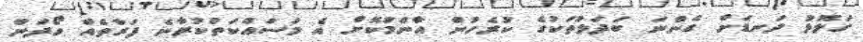
ގަލޮޅު ދަނޑަށް ގެންނަ ބަދަލުތަކުގެ ކުރެހުން އާންމުކޮށް އެ މަސައްކަތްކުރާނެ ފަރާތެއް ހޯދަން